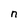
Character: n